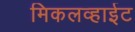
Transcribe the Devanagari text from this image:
मिकलव्हाईट